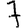
Digit: 7